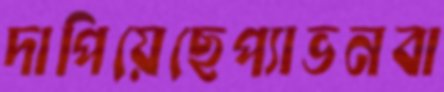
দাপিয়েছেপ্যাভনবা